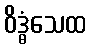
ဝိဒ္ဓံသေထ